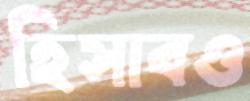
হিসাবও